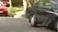
કૉમા